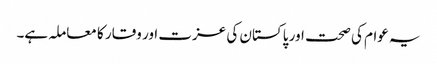
یہ عوام کی صحت اور پاکستان کی عزت اور وقار کا معاملہ ہے۔